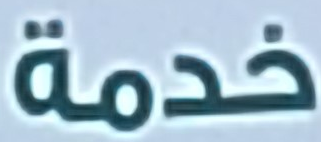
خدمة